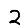
Digit: 2